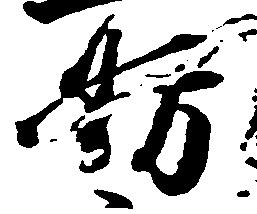
妨